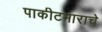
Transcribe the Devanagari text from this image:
पाकीटमाराचे